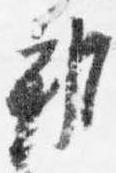
邦